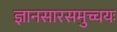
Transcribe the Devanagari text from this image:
ज्ञानसारसमुच्चयः